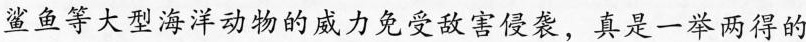
鲨鱼等大型海洋动物的威力免受敌害侵袭，真是一举两得的